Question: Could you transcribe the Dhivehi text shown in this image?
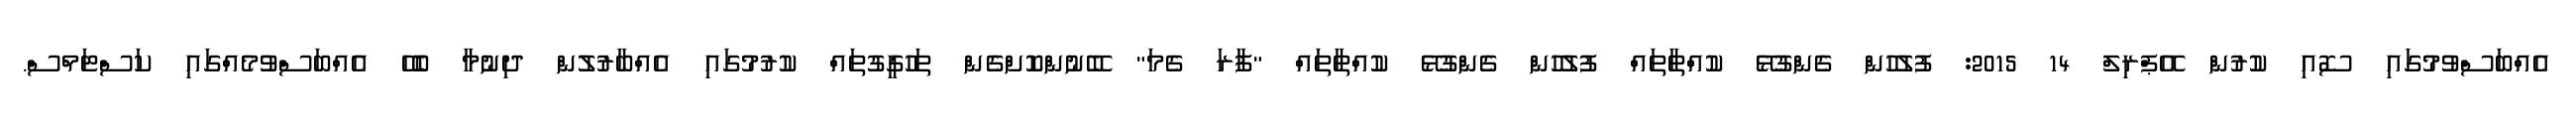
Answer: އެއްބަސްވުމުގައި ސޮއި ކުރުން އޭޕްރިލް 14 2015: ފުލުހުން ގެންގުޅޭ ކުއްތާތައް ފުލުހުން ގެންގުޅޭ ކުއްތާތައް "ފާރަ ގެމަ" ބޭނުންކޮށްގެން ތަހުގީގުތައް ކުރުމުގައި އެއްބާރުލުން ދިނުމާ ބެހޭ އެއްބަސްވުމެއްގައި ކަސްޓަމްސް.